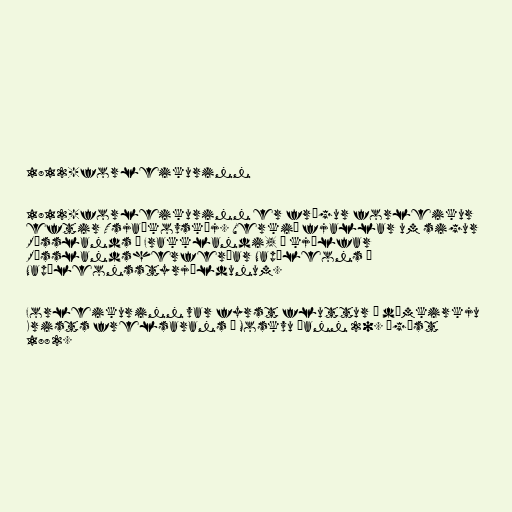
1812-forleikurinn

1812-forleikurinn er frægur forleikur
eftir Tsjaíkovskíj. Verkið fjallar um sigur
Rússlands á Frakklandi, í kjölfar
Rússlandsherferðar Napóleons í
Napóleonsstyrjöldunum.

Forleikurinn var fyrst fluttur í dómkirkju
Krists frelsarans í Moskvu þann 20. ágúst
1882.